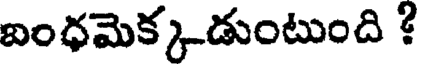
ఐంధమెక్కుడుంటుంది ?